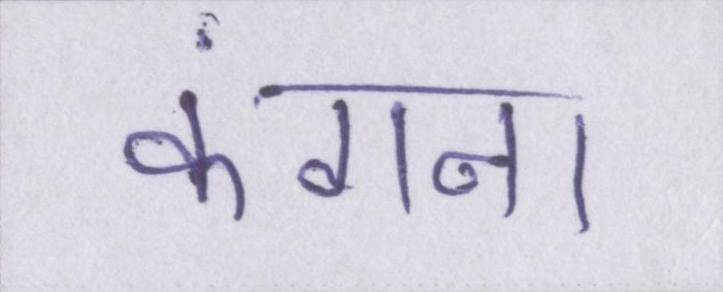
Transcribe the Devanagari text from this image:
कंगना